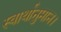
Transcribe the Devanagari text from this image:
स्वार्थानुमान।